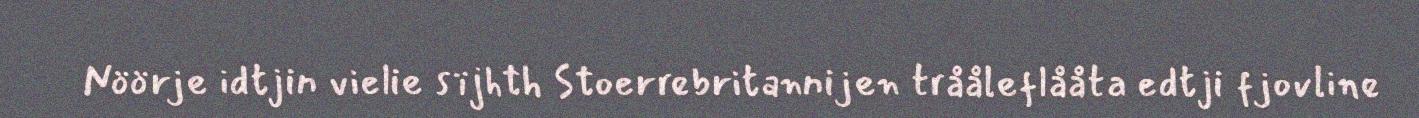
Nöörje idtjin vielie sïjhth Stoerrebritannijen trååleflååta edtji fjovline